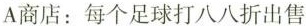
A商店：每个足球打八八折出售